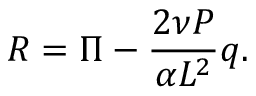
{ \cal R } = \Pi - \frac { 2 \nu P } { \alpha { \cal L } ^ { 2 } } q .